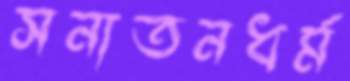
সনাতনধর্ম